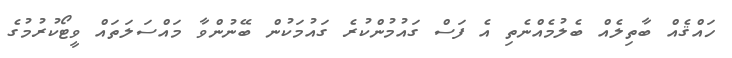
ހައްޤެއް ބާތިލެއް ބެލުމެއްނެތި އެ ފަސް ގައުމުންކުރެ ގައުމަކުން ބޭނުންވާ މައްސަލަތައް ވީޓޯކުރުމުގެ